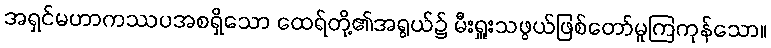
အရှင်မဟာကဿပအစရှိသော ထေရ်တို့၏အရွယ်၌ မီးရှူးသဖွယ်ဖြစ်တော်မူကြကုန်သော။